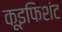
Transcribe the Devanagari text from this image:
कूइफिशंट